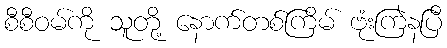
စီစီဝမ်ကို သူတို့ နောက်တစ်ကြိမ် ဗုံးကြဲနပြီ